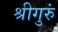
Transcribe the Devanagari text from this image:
श्रीगुरुं